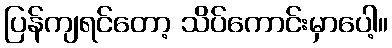
ပြန်ကျရင်တော့ သိပ်ကောင်းမှာပေါ့။